Civil Veterinary Department. Central Provinces & Berar 1932-41 - 1932-1941
Year: 1932
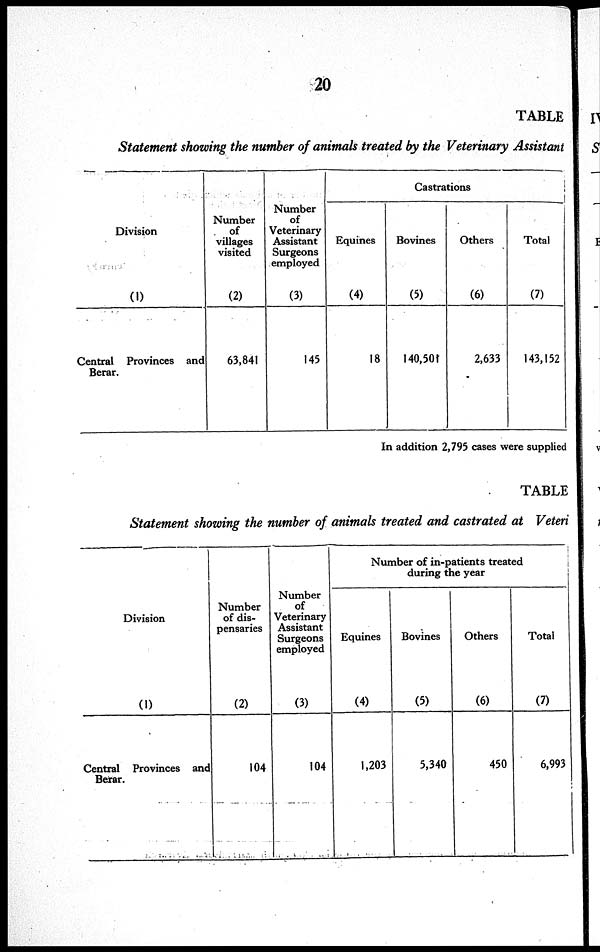
20
TABLE
Statement showing the number of animals treated by the Veterinary Assistant
Division
(1)
Central Provinces and
Berar.
Number
of
villages
visited
(2)
63,841
Number
of
Veterinary
Assistant
Surgeons
employed
(3)
145
Castrations
Equines
(4)
18
Bovines
(5)
140,501
Others
(6)
2,633
Total
(7)
143,152
In addition 2,795 cases were supplied
TABLE
Statement showing the number of animals treated and castrated at Veteri
Division
(1)
Central Provinces and
Berar.
Number
of dis-
pensaries
(2)
104
Number
of
Veterinary
Assistant
Surgeons
employed
(3)
104
Number of in-patients treated
during the year
Equines
(4)
1,203
Bovines
(5)
5,340
Others
(6)
450
Total
(7)
6,993